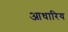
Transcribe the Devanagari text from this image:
आधारिय